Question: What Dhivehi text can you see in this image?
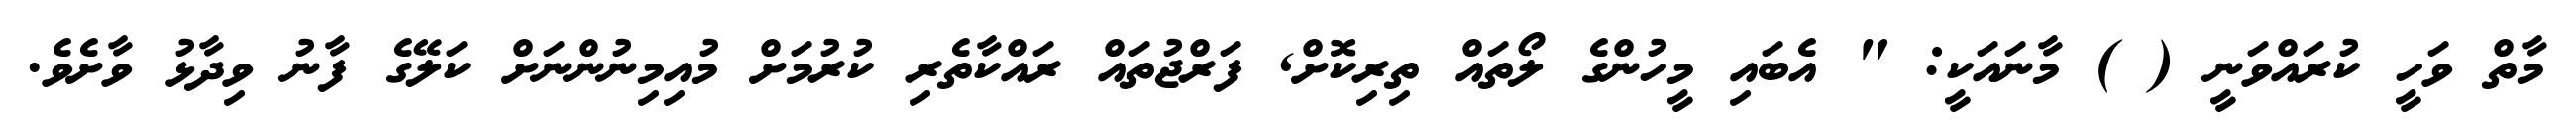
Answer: މާތް ވަހީ ކުރައްވަނީ ( ) މާނައަކީ: " އެބައި މީހުންގެ ލޯތައް ތިރިކޮށް, ފަރްޖުތައް ރައްކާތެރި ކުރުމަށް މުއިމިނުންނަށް ކަލޭގެ ފާނު ވިދާޅު ވާށެވެ.